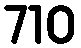
710